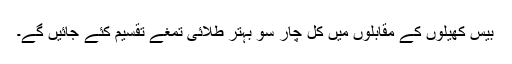
بیس کھیلوں کے مقابلوں میں کُل چار سو بہتر طلائی تمغے تقسیم کئے جائیں گے۔